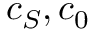
c _ { S } , c _ { 0 }